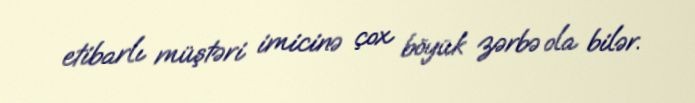
etibarlı müştəri imicinə çox böyük zərbə ola bilər.